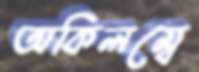
অকিলম্বে